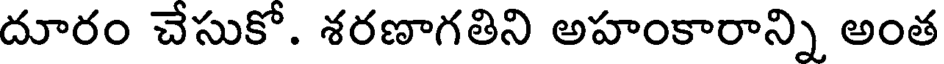
దూరం చేసుకో. శరణాగతిని అహంకారాన్ని అంత